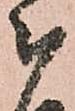
被